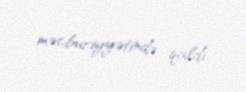
məcburiyyətində qaldı.